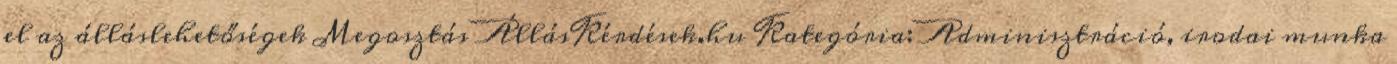
el az álláslehetőségek Megosztás ÁllásKérdések.hu Kategória: Adminisztráció, irodai munka